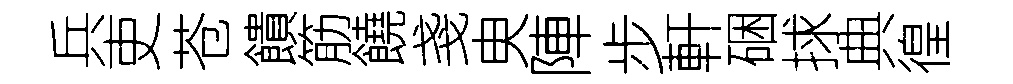
兵吏苍饋筋饒戔㬰陣步軒硱捄典徨